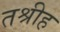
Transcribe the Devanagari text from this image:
तश्रीह